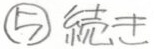
\textcircled{5}統志